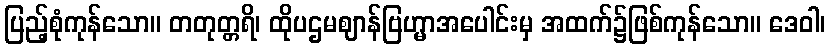
ပြည့်စုံကုန်သော။ တတုတ္တရိ၊ ထိုပဌမဈာန်ဗြဟ္မာအပေါင်းမှ အထက်၌ဖြစ်ကုန်သော။ ဒေဝါ၊